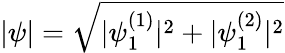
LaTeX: |\psi|=\sqrt{|\psi_{1}^{(1)}|^{2}+|\psi_{1}^{(2)}|^{2}}